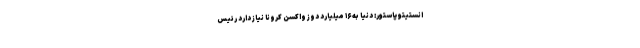
انستیتو پاستور: دنیا به ۱۶ میلیارد دوز واکسن کرونا نیاز دارد رئیس